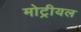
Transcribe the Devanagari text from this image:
मोट्रीयल